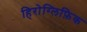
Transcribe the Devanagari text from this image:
हिरोग्लिफ़िक